Statistical return of the lunatic asylum in Assam - 1912-1932
Year: 1912
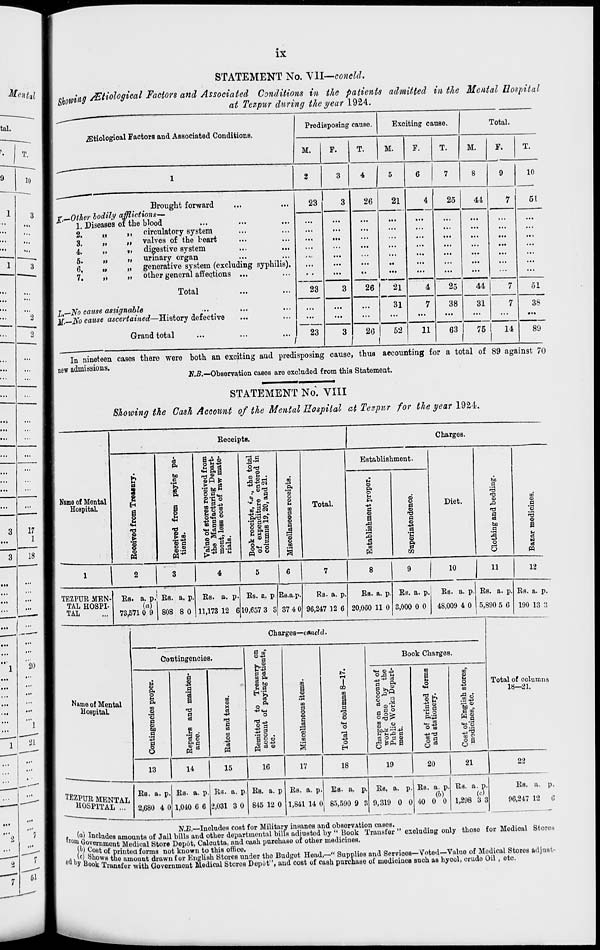
ix
Mental
tal.
T.
10
'••
...
...
...
...
...
2
—
...
2
■""
...
...
..„
...
...
...
...
...
...
_—~-
3
17
...
1
__
3
18
...
...
...
...
20
1
21
7
51
STATEMENT No. VII—eoneld.
cubing JEtiological Factors and Associated Conditions in the patients admitted in the Mental Hospital
at Tezpur during the year 1924.
iEtiological Factors and Associated Conditions.
Predisposing cause.
Exciting cause.
M.
F.
M.
F.
Total.
M.
T.
Brought forward
jr,—Other bodily afflictions—
1. Diseases of the blood
2.
3.
4.
5.
6.
7.
»»
>»
»
u
»>
»>
It
f>
II
»
»»
circulatory system
valves of the heart
digestive system
urinary organ
generative system (excluding syphilis).
other general affections ...
Total
I,—No cause assignable
]£.—No cause ascertained—History defective
Grand total
...
23
3
...
...
...
...
...
...
...
...
s).
...
23
3
...
...
...
...
...
"* 1
23
3
26
21
26
21
26
31
52
4
11
25
38
41
44
31
63
75
10
51
51
14
38
89
In nineteen cases there were both an exciting and predisposing cause, thus accounting for a total of 89 against 70
new admissions.
fl.B.—Obaervation caaea are excluded from thia Statement.
STATEMENT No. VIII
Showing the Cash Account of the Mental Hospital at Tezpnr for the year 192.4.
Receipt*!.
1
Charges.
&
a
8
8
H
1
c
8
©
n
cS
Pi
cm
S
1
Value of stores received from
the Manufacturing Depart-
ment, IOBB
coBt of raw mate- .
riala.
.*., the total
9 entered in
and 21.
CD
.5* "S
B
Eatablishment.
bo
a
13
Name of Mental
EBtabliahment proper.
2 i
T3
a
a
f 1
ra
to
Hospital.
1
I
T3
Q *
> oa
gg
Book receipts, *
of expenditur
columns 19,20,
H
m
a
o
a
oj
a a>
o
to
3
Total.
Diet.
CO
.a
§
to
a
a o
8
n
.9
^3
o
a
u
cS
N
oi
pq
1
2
3
4
5
6
7
8
9
10
n
12
TEZPUE MEN- Its. a. p. Its. a. p. EH. a. p. Es. a. p. Rs.u. p.
Ra. a. p.
Ea. a. p. Es. a. p.
Es. a. p. Es. a. p. Es. a. p.
TAL HOSPI-
(a)
TAL
73,571 0 9 808 8 0 11,173 12 6 10,657 3 3 37 4 0 96,247 12 6 20,060 11 0 3,000 0 0
48,009 4 0 5,890 5 6 190 13 3
Name of Mental
Hospital.
Charges—cAicld.
Contingencies.
u
a
P.
o
M
a.
m
<u
'S
a
8> Ml
a
a
6
13
I a
T3
a
03
CO
'e3 8
m
o
x
ct)
g
o
%
B a,
0-+3
a
u. a*
a bo
n a
Pi
o
o
Si s |j
« o
03
a
o
o
I
3
to
14
15
16
17
I
o
o
CM
O
'oJ
-43
O
H
18
Book Charges.
<H «4,
a .&
0,a
o
d
ra
,M
O "
CO
Oro?
ID
0
03
.S .
bD^:^43
cS O 3 «
19
a
■8 s
11
P. - 43
O m
43^3
03
VI
O
43
m
cm „
B 03
Jl
° a
Total of columns
18—21.
20
21
22
TEZ *URM ENTAL
HOSPITAL ...
Es. a. p
2,680 4 0
Es- a. p.
1,040 6 6
Es. a. p
2,031 3 0
Es. a. p
845 12 0
Es. a. p
Es. a. p
1,841 14 0 85,590 9 3
Es, a. p.
9,319 0 0
Ea. a. p
GO
40 0 0
Ea. a. p.
re)
1,298 3 3
Es. a. p.
96,247 12 6
f x T
N.B.—Includes cost for Military insanos and observation casos.
f, 0 J a 4 lnc "idoB amounts of Jail bills and other departmental bills adjustod by " Book Transfor " excluding only thoao for Medical Storos
fMn**F Xnen * ^edi°al Store Doput, Caloutta, and cash purohaso of other medicines.
) \ y, ost oi Printoa forma not known to thia offico.
niliyn v tlx0 amoun t drawn for English Stores under tho Budgot Head,—" Supplios and Services—Voted—Value of Medical Storos adjust-
y uook Transfer with Government Medical Stores DopOt", and cost of cash purchase of medicines Buch aa hyool, crudo Oil , eto.